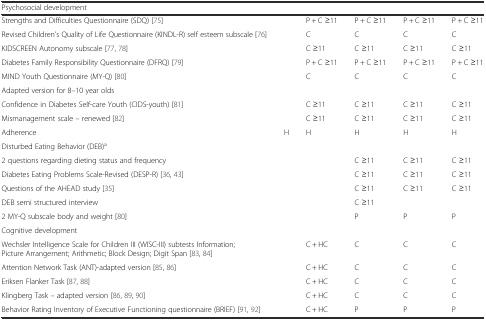
| <COLSPAN=6> Psychosocial development |
 | --- | --- | --- | --- | --- | --- |
 | Strengths and Difficulties Questionnaire (SDQ) [75] |  | P + C ≥11 | P + C ≥11 | P + C ≥11 | P + C ≥11 |
 | Revised Children’s Quality of Life Questionnaire (KINDL-R) self esteem subscale [76] |  | C | C | C | C |
 | KIDSCREEN Autonomy subscale [77, 78] |  | C ≥11 | C ≥11 | C ≥11 | C ≥11 |
 | Diabetes Family Responsibility Questionnaire (DFRQ) [79] |  | P + C ≥11 | P + C ≥11 | P + C ≥11 | P + C ≥11 |
 | MIND Youth Questionnaire (MY-Q) [80] | <ROWSPAN=2>  | <ROWSPAN=2> C | <ROWSPAN=2> C | <ROWSPAN=2> C | <ROWSPAN=2> C |
 | Adapted version for 8–10 year olds |
 | Confidence in Diabetes Self-care Youth (CIDS-youth) [81] |  | C ≥11 | C ≥11 | C ≥11 | C ≥11 |
 | Mismanagement scale – renewed [82] |  | C ≥11 | C ≥11 | C ≥11 | C ≥11 |
 | Adherence | H | H | H | H | H |
 | <COLSPAN=6> Disturbed Eating Behavior (DEB)a |
 | 2 questions regarding dieting status and frequency |  |  | C ≥11 | C ≥11 | C ≥11 |
 | Diabetes Eating Problems Scale-Revised (DESP-R) [36, 43] |  |  | C ≥11 | C ≥11 | C ≥11 |
 | Questions of the AHEAD study [35] |  |  | C ≥11 | C ≥11 | C ≥11 |
 | DEB semi structured interview |  |  | C ≥11 |  |  |
 | 2 MY-Q subscale body and weight [80] |  |  | P | P | P |
 | <COLSPAN=6> Cognitive development |
 | Wechsler Intelligence Scale for Children III (WISC-III) subtests Information; Picture Arrangement; Arithmetic; Block Design; Digit Span [83, 84] |  | C + HC | C | C | C |
 | Attention Network Task (ANT)-adapted version [85, 86] |  | C + HC | C | C | C |
 | Eriksen Flanker Task [87, 88] |  | C + HC | C | C | C |
 | Klingberg Task – adapted version [86, 89, 90] |  | C + HC | C | C | C |
 | Behavior Rating Inventory of Executive Functioning questionnaire (BRIEF) [91, 92] |  | C + HC | P | P | P |